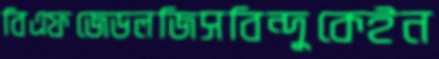
বিএফজেডলজিসবিন্দুকেইন